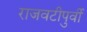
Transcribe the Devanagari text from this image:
राजवटीपुर्वी